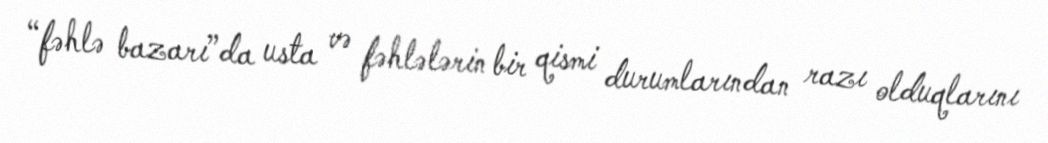
“fəhlə bazarı”da usta və fəhlələrin bir qismi durumlarından razı olduqlarını